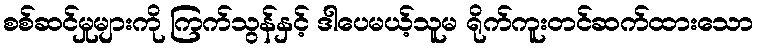
စစ်ဆင်မှုများကို ကြက်သွန်နှင့် ဒါပေမယ့်သူမ ရိုက်ကူးတင်ဆက်ထားသော